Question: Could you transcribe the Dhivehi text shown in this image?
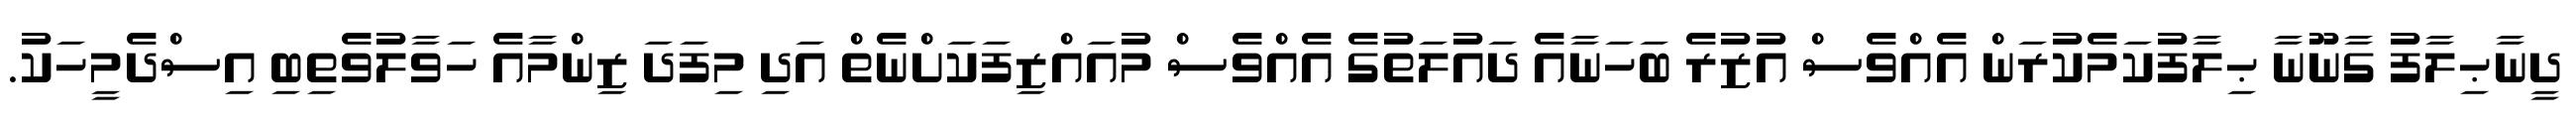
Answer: ދީނާޙިލާފު ގާނޫނާ ޙިލާފުކަމެކުރަން އެއްވެސް އުޒުރެ ބަހަނާއެ ދައުލަތުގެ އެއްވެސް މުއައްޒިފަކަށްނެތް އަދި މިފަދަ ޒިންމާއެ ހަވާލުވެތިބި އިސްދެމީހަކު.